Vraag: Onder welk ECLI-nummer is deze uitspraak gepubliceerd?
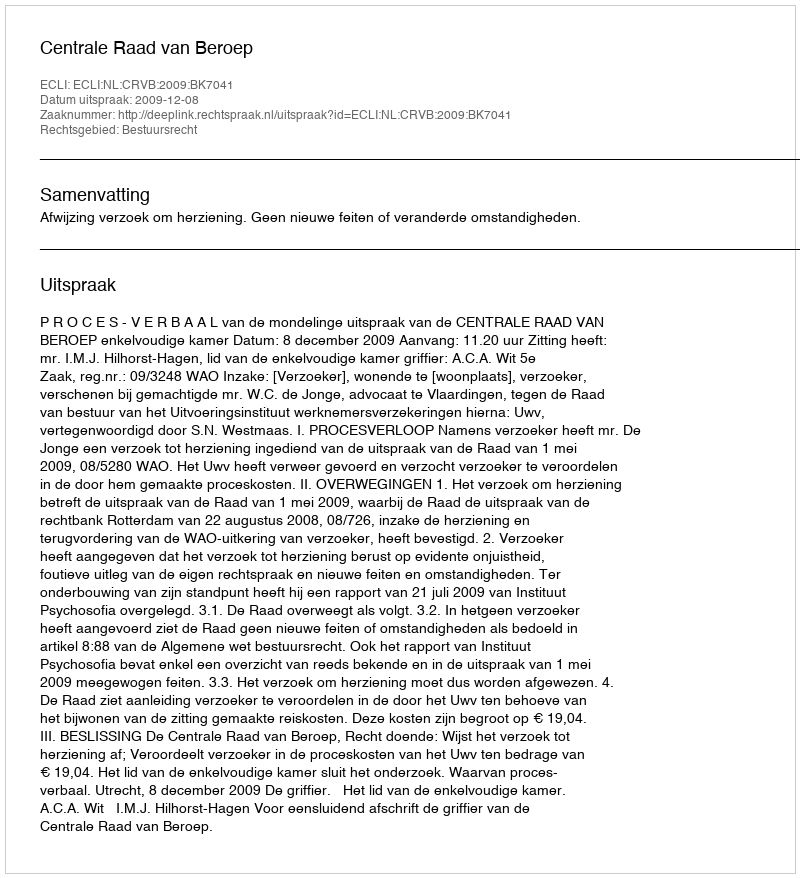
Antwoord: ECLI:NL:CRVB:2009:BK7041